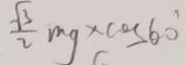
\frac { \sqrt { 3 } } { 2 } m g \times \cos 6 0 ^ { \circ }